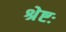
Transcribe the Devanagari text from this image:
श्रेष्टः